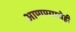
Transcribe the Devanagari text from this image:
आणण्याचेही